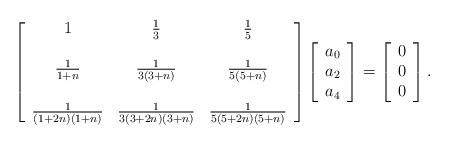
LaTeX: \begin{align*}\left[ \begin{array}{ccc} 1 & \frac{1}{3} & \frac{1}{5} \\ \\\frac{1}{1+n} & \frac{1}{3(3+n)} & \frac{1}{5(5+n)}\\\\\frac{1}{(1+2n)(1+n)} & \frac{1}{3(3+2n)(3+n)} & \frac{1}{5(5+2n)(5+n)}\\\end{array} \right]\left[ \begin{array}{c} a_0\\ a_2 \\a_4 \end{array} \right]=\left[ \begin{array}{c} 0\\ 0 \\0\end{array} \right].\end{align*}